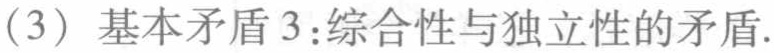
(3) 基本矛盾3：综合性与独立性的矛盾.